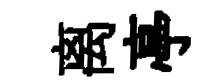
离亭